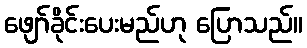
ဖျော်ခိုင်းပေးမည်ဟု ပြောသည်။